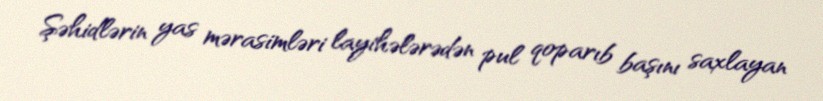
Şəhidlərin yas mərasimləri layihələrədən pul qoparıb başını saxlayan